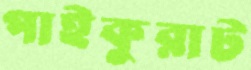
পাইকুরাট